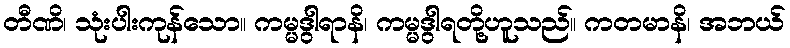
တီဏိ၊ သုံးပါးကုန်သော။ ကမ္မဒွါရာနိ၊ ကမ္မဒွါရတို့ဟူသည်။ ကတမာနိ၊ အဘယ်